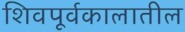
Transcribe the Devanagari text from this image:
शिवपूर्वकालातील